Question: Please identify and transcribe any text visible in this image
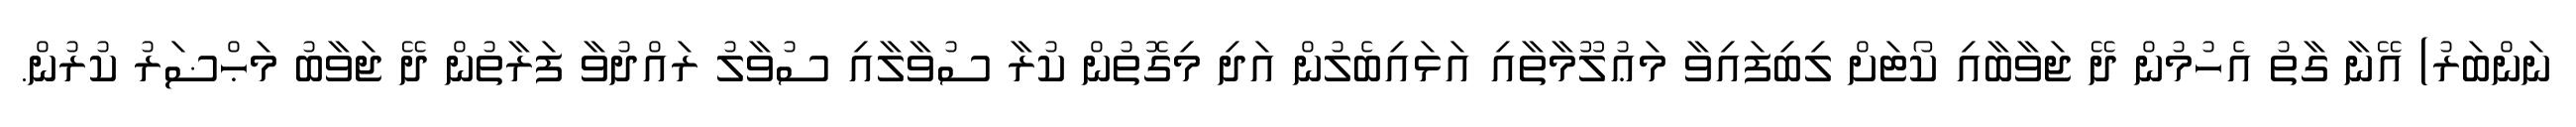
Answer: ނަންބަރު) އޭނާ ގާތު އެހުމުން ދޭ ޖަވާބާއި ކޯޓަށް ލިބިފައިވާ މަޢުލޫމާތާއި އަޅައިބެލުން އަދި މިގޮތުން ކުރާ ސުވާލާއި ސުވާލު ރައްދުވާ ފަރާތުން ދޭ ޖަވާބު މަޙްޟަރު ކުރުން.